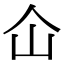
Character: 仚